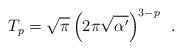
LaTeX: \begin{align*}T_p=\sqrt{\pi}\,\Big(2\pi\sqrt{\alpha'}\Big)^{3-p}~~.\end{align*}